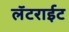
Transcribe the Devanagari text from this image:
लॅटराईट